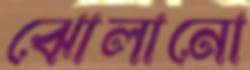
ঝোলানো